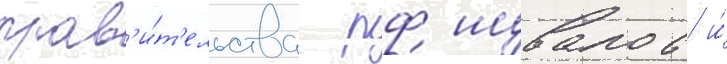
прав'и́т'ельства рф шувалов и́